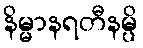
နိမ္မာနရတီနမ္ပိ